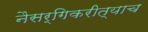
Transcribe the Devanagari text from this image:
नैसर्गिकरीत्याच